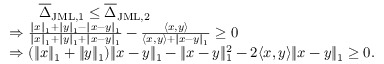
\begin{array} { r l } & { \qquad \overline { { \Delta } } _ { \mathrm { J M L , 1 } } \leq \overline { { \Delta } } _ { \mathrm { J M L , 2 } } } \\ & { \Rightarrow \frac { \| x \| _ { 1 } + \| y \| _ { 1 } - \| x - y \| _ { 1 } } { \| x \| _ { 1 } + \| y \| _ { 1 } + \| x - y \| _ { 1 } } - \frac { \langle x , y \rangle } { \langle x , y \rangle + \| x - y \| _ { 1 } } \geq 0 } \\ & { \Rightarrow ( \| x \| _ { 1 } + \| y \| _ { 1 } ) \| x - y \| _ { 1 } - \| x - y \| _ { 1 } ^ { 2 } - 2 \langle x , y \rangle \| x - y \| _ { 1 } \geq 0 . } \end{array}